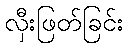
လှီးဖြတ်ခြင်း